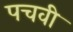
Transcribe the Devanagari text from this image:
पचवी